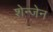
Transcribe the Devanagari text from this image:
शेन्जेन